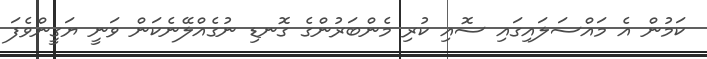
ކަމުން އެ މައްސަލައިގައި ސޮއި ކުރި މެންބަރުންގެ ގޮނޑި ނުގެއްލޭނެކަން ވަނީ ޔަގީންވެފަ